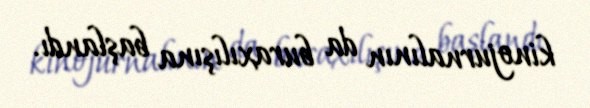
kinojurnalının da buraxılışına başlandı.